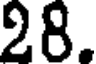
28.